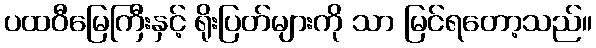
ပထဝီမြေကြီးနှင့် ရိုးပြတ်များကို သာ မြင်ရတော့သည်။